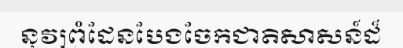
នូវព្រំដែនបែងចែកជាតិសាសន៍ដ៏